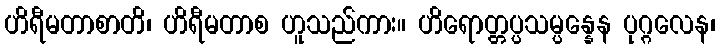
ဟိရီမတာစာတိ၊ ဟိရီမတာစ ဟူသည်ကား။ ဟိရောတ္တပ္ပသမ္ပန္နေန ပုဂ္ဂလေန၊